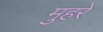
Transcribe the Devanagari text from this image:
मुहरे